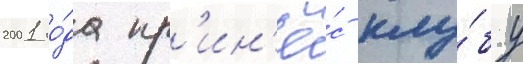
2001 го́да пр'ин'ё́с клу́бу